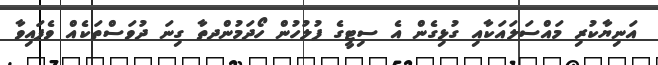
އަނިޔާކުރި މައްސަލައަކާއި ގުޅިގެން އެ ސިޓީގެ ފުލުހުން ހޯދަމުންދތާ ގިނަ ދުވަސްތަކެއް ވެފައިވާ